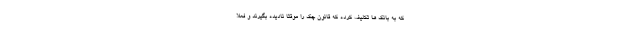
که به بانک ها تکلیف کرده که قانون چک را موقتا نادیده بگیرند و فعلا